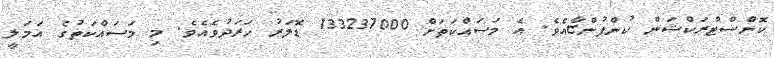
ކޮންސްޓްރަކްޝަން ކުންފުންޏާއެވެ. އެ މަސައްކަތަށް 133237000 ޑޮލަރު ހަރަދުވެއެވެ. މި މަސައްކަތުގެ އަމަލީ